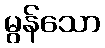
မွန်သော